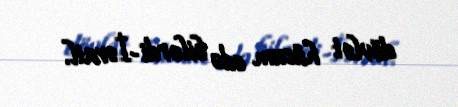
dövlət hücum edə bilərdi-İsrail.